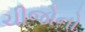
ચીજોનો